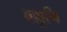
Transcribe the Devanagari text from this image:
वाहुनि